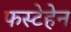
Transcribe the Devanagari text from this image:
फस्टेहेन